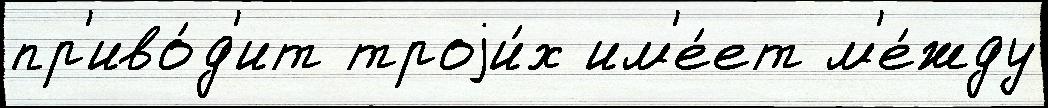
пр'иво́д'ит троjи́х им'е́ет м'е́жду